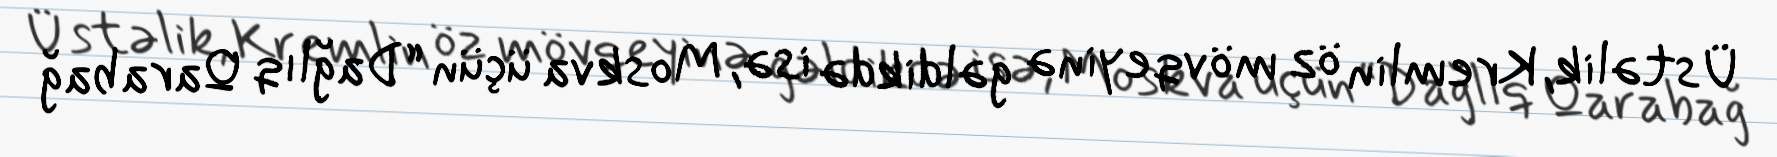
Üstəlik, Kremlin öz mövqeyinə gəldikdə isə, Moskva üçün “Dağlıq Qarabağ